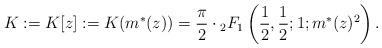
LaTeX: \begin{align*}K:=K[z]:=K(m^{*}(z))=\frac{\pi}{2}\cdot {}_2F_1\left(\frac{1}{2},\frac{1}{2};1;m^{*}(z)^2\right).\end{align*}